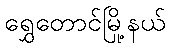
ရွှေတောင်မြို့နယ်